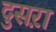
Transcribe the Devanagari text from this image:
दुसऱा